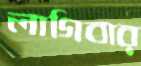
লাগিবার